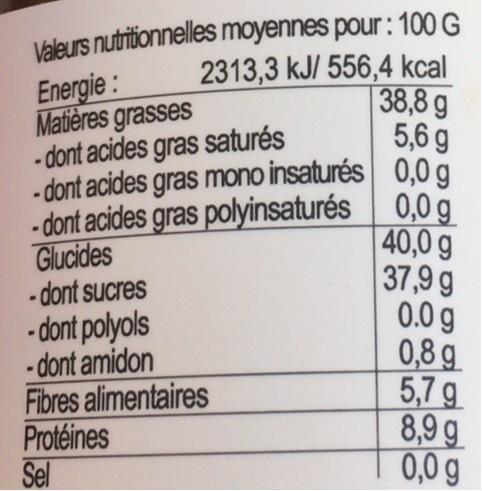
Valeurs nutritionnelles moyennes pour: 100 G 2313,3 kJ/ 556,4 kcal 38,8 g 5,6 g
Energie: Matières grasses - dont acides gras saturés - dont acides gras mono insaturés 0,0 g - dont acides gras polyinsaturés 0,0 g Glucides - dont sucres - dont polyols - dont amidon Fibres alimentaires Protéines Sel
| 40,0 g 37,9 g 0.0 g 0,8 g 5,7 g 8,9 g 0,0 g